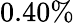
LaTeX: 0.40\%